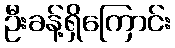
ဦးခန့်ရှိကြောင်း